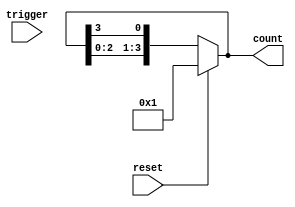
module async_ring_counter #(parameter N = 4) (
    input wire trigger,          // Trigger input for state change
    input wire reset,           // Asynchronous reset input
    output wire [N-1:0] count   // Output vector representing the counter states
);

    // Internal flip-flops to hold the state of the ring counter
    reg [N-1:0] state;

    // Asynchronous reset and state change
    always @(*) begin
        if (reset) begin
            // Reset the counter: set only the first flip-flop
            state = 1'b1;
        end else begin
            // State change on trigger
            state = {state[N-2:0], state[N-1]};
        end
    end

    // Output the current state
    assign count = state;

endmodule